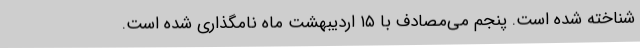
شناخته شده است. پنجم می‌مصادف با ۱۵ اردیبهشت ماه نامگذاری شده است.